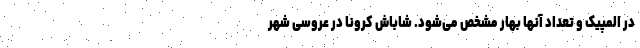
در المپیک و تعداد آنها بهار مشخص می‌شود. شاباش کرونا در عروسی شهر